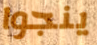
ينجوا